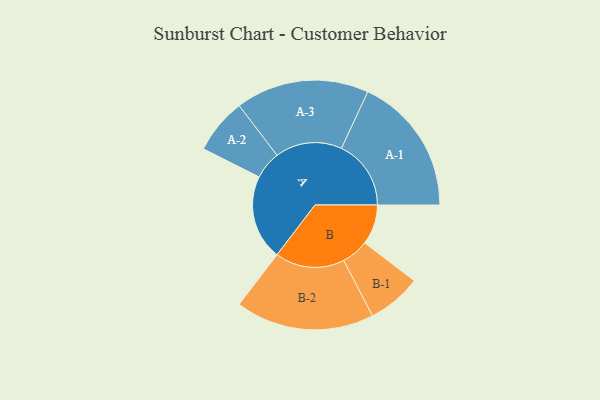
{"axis": {"x": "Segment", "y": "Value"}, "legend": ["", "A", "B"], "data": [{"x": "A", "y": 355, "type": ""}, {"x": "B", "y": 167, "type": ""}, {"x": "A-1", "y": 291, "type": "A"}, {"x": "A-2", "y": 116, "type": "A"}, {"x": "A-3", "y": 279, "type": "A"}, {"x": "B-1", "y": 113, "type": "B"}, {"x": "B-2", "y": 290, "type": "B"}]}